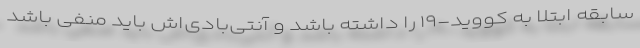
سابقه ابتلا به کووید-۱۹ را داشته باشد و آنتی‌بادی‌اش باید منفی باشد